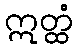
ဣတ္ထံ